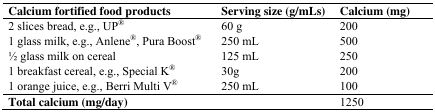
| Calcium fortified food products | Serving size (g/mLs) | Calcium (mg) |
 | --- | --- | --- |
 | 2 slices bread, e.g., UP® | 60 g | 200 |
 | 1 glass milk, e.g., Anlene®, Pura Boost® | 250 mL | 500 |
 | 1⁄2 glass milk on cereal | 125 mL | 250 |
 | 1 breakfast cereal, e.g., Special K® | 30g | 200 |
 | 1 orange juice, e.g., Berri Multi V® | 250 mL | 100 |
 | Total calcium (mg/day) |  | 1250 |